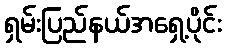
ရှမ်းပြည်နယ်အရှေ့ပိုင်း